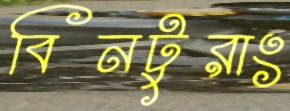
বিনটুরাং